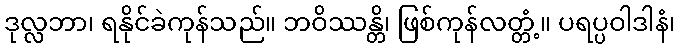
ဒုလ္လဘာ၊ ရနိုင်ခဲကုန်သည်။ ဘဝိဿန္တိ၊ ဖြစ်ကုန်လတ္တံ့။ ပရပ္ပဝါဒါနံ၊